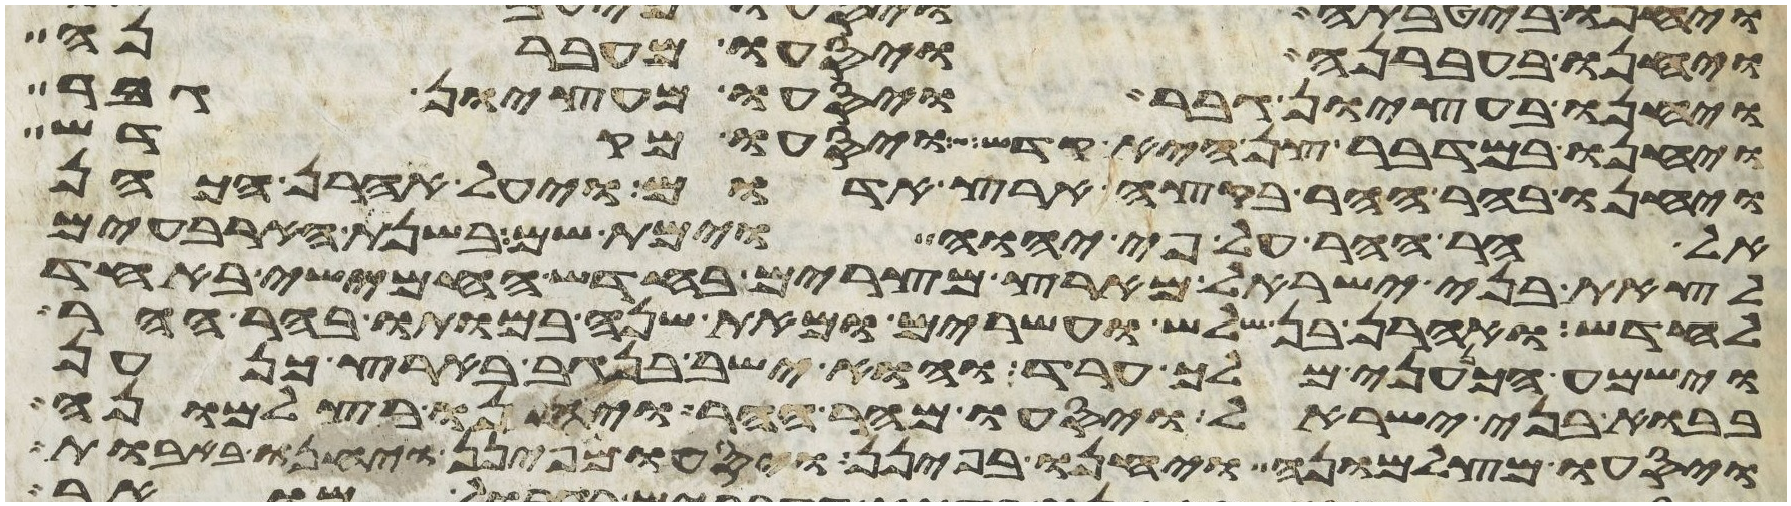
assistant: ויחנו בעברנה ויסעו מעברנה
ויחנו בעציון גבר ויסעו מעציון גבר
ויחנו במדבר צן היא קדש ויסעו מקדש
ויחנו בהר ההר בקצה ארץ אדום ויעל אהרן הכהן
אל הר ההר על פי יהוה וימת שם בשנת הארבעים
לצאת בני ישראל מארץ מצרים בחדש החמישי באחד
לחדש ואהרן בן שלש ועשרים ומאת שנה במותו בהר ההר
וישמע הכנעני מלך ערד והוא ישב בנגב בארץ כנען
בבוא בני ישראל ויסעו מהר ההר ויחנו בצלמונה
ויסעו מצלמונה ויחנו בפינן ויסעו מפינן ויחנו באבות